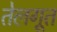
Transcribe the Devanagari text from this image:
तेलगूत